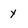
Character: y